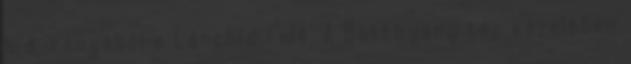
híd irányából a Lánchíd felé. A Batthyány tér közelében